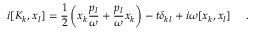
i [ K _ { k } , x _ { l } ] = \frac { 1 } { 2 } \left( x _ { k } \frac { p _ { l } } { \omega } + \frac { p _ { l } } { \omega } x _ { k } \right) - t \delta _ { k l } + i \omega [ x _ { k } , x _ { l } ] ~ ~ ~ ~ .